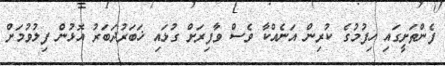
ފެންތަށީގައި ހިފުމުގެ ކުރިން އަނެއްކާ ވެސް ވާފިރަށް ގުޅައި ޚަަބަރުދަބަރު އޮޅުން ފިލުވުމަށް